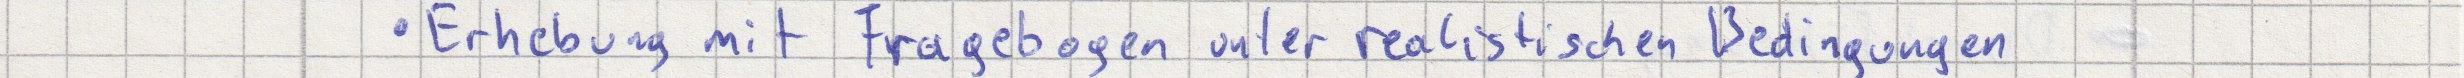
Erhebung mit Fragebogen unter realistischen Bedingungen